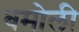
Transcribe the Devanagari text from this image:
बमोली